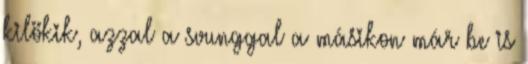
kilökik, azzal a svunggal a másikon már be is